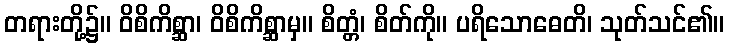
တရားတို့၌။ ဝိစိကိစ္ဆာ၊ ဝိစိကိစ္ဆာမှ။ စိတ္တံ၊ စိတ်ကို။ ပရိသောဓေတိ၊ သုတ်သင်၏။